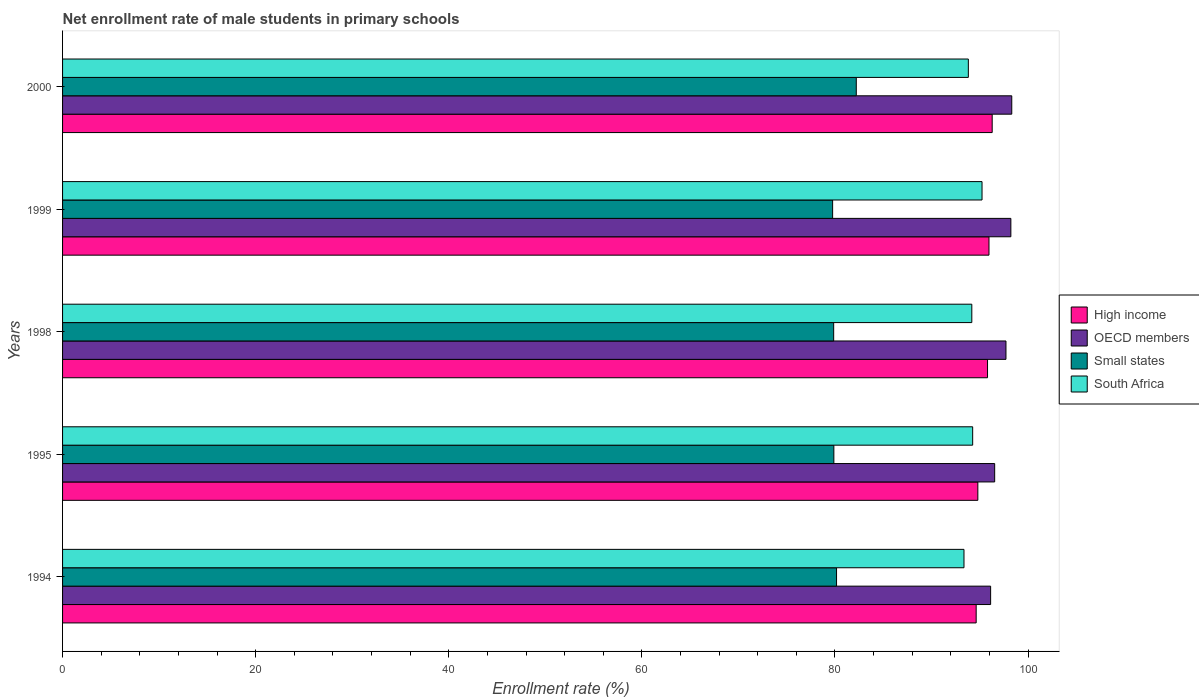
| Years | High income | OECD members | Small states | South Africa |
 | --- | --- | --- | --- | --- |
 | 1994 | 94.6 | 96.1 | 80.2 | 93.4 |
 | 1995 | 94.8 | 96.5 | 79.9 | 94.3 |
 | 1998 | 95.8 | 97.7 | 79.9 | 94.2 |
 | 1999 | 95.9 | 98.2 | 79.8 | 95.2 |
 | 2000 | 96.3 | 98.3 | 82.2 | 93.8 |